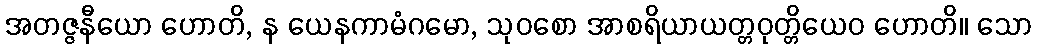
အတဇ္ဇနီယော ဟောတိ, န ယေနကာမံဂမော, သုဝစော အာစရိယာယတ္တဝုတ္တိယေဝ ဟောတိ။ သော